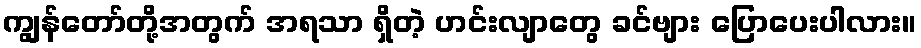
ကျွန်တော်တို့အတွက် အရသာ ရှိတဲ့ ဟင်းလျာတွေ ခင်ဗျား ပြောပေးပါလား။